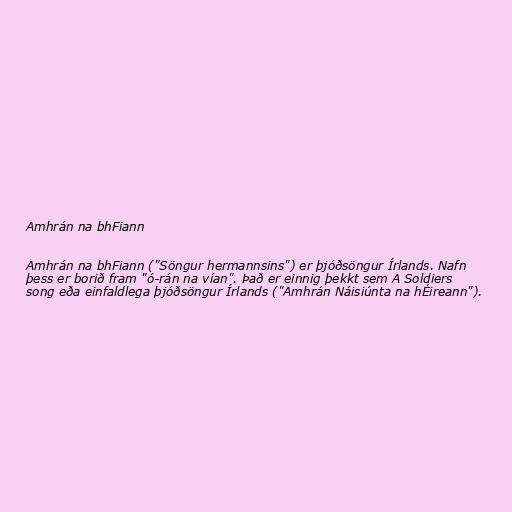
Amhrán na bhFiann

Amhrán na bhFiann ("Söngur hermannsins") er þjóðsöngur Írlands. Nafn
þess er borið fram "ó-rán na vían". Það er einnig þekkt sem A Soldiers
song eða einfaldlega þjóðsöngur Írlands ("Amhrán Náisiúnta na hÉireann").